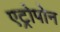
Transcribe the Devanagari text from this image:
एट्रोपोन